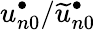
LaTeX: u_{n0}^{\bullet}/\widetilde u_{n0}^{\bullet}